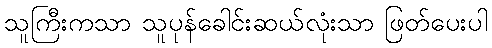
သူကြီးကသာ သူပုန်ခေါင်းဆယ်လုံးသာ ဖြတ်ပေးပါ